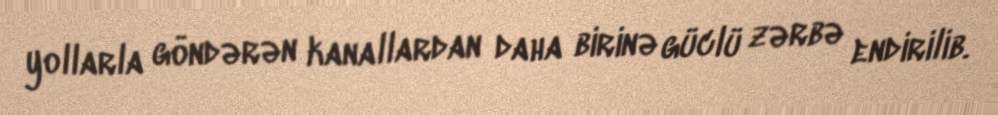
yollarla göndərən kanallardan daha birinə güclü zərbə endirilib.